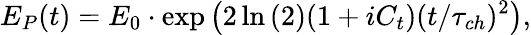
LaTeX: E_{P}(t)=E_{0}\cdot\exp{\left(2\ln{(2)}(1+iC_{t})(t/\tau_{ch})^{2}\right)},